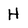
Character: H